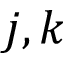
j , k